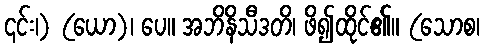
၎င်း၊) (ယော)၊ ပေ။ အဘိနိသီဒတိ၊ ဖိ၍ထိုင်၏။ (သောစ၊